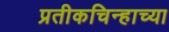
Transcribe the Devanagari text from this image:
प्रतीकचिन्हाच्या